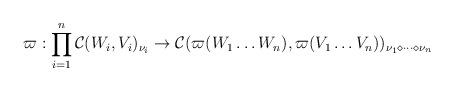
LaTeX: \begin{align*}\varpi:\prod_{i=1}^n\mathcal C(W_i,V_i)_{\nu_i}\to\mathcal C(\varpi(W_1\dots W_n),\varpi(V_1\dots V_n))_{\nu_1\diamond\dots\diamond\nu_n}\end{align*}